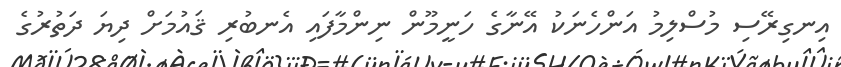
އިނގިރޭސި މުސްލިމު އަންހެނަކު އޭނާގެ ހަނީމޫން ނިންމާފައި އެނބުރި ޤައުމަށް ދިޔަ ދަތުރުގެ